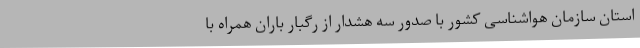
استان سازمان هواشناسی کشور با صدور سه هشدار از رگبار باران همراه با